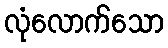
လုံလောက်သော